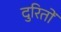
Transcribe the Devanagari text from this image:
दुरितों